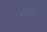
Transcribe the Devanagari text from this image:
क्षात्रं